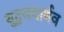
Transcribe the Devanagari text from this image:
युद्धजयार्णव